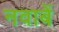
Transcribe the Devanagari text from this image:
नवाबें